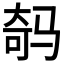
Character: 𲌇